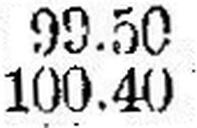
100.40